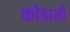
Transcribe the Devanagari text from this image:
कोडाली